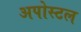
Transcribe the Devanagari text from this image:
अपोस्टल